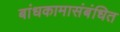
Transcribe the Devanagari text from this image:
बांधकामासंबंधित